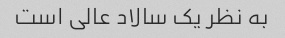
به نظر یک سالاد عالی است